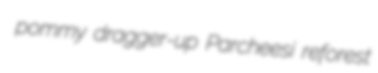
pommy dragger-up Parcheesi reforest